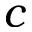
c